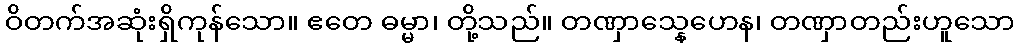
ဝိတက်အဆုံးရှိကုန်သော။ ဧတေ ဓမ္မာ၊ တို့သည်။ တဏှာသ္နေဟေန၊ တဏှာတည်းဟူသော